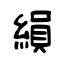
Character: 縜